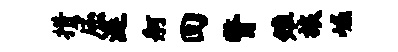
措屈涎舸回瞥雉旅崛